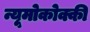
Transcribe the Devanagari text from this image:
न्यूमोकोक्की